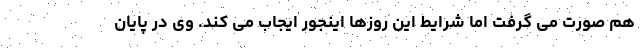
هم صورت می گرفت اما شرایط این روزها اینجور ایجاب می کند. وی در پایان